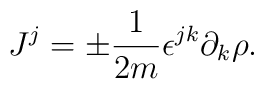
J^j =\pm \frac{1}{2m}\epsilon^{jk}\partial_k\rho.